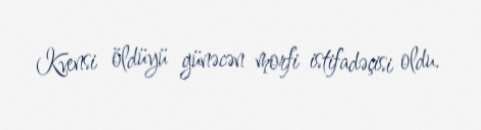
Kvensi öldüyü günəcən morfi istifadəçisi oldu.